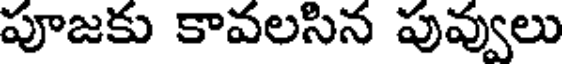
పూజకు కావలసిన పువ్వులు